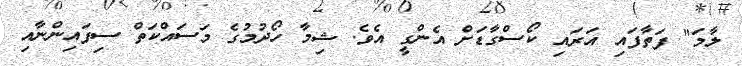
ލާމަ" ފަތާފައި އަރައި ކޯސްގާޑަށް އެންގީ އެވެ. ޝިމާ ހޯދުމުގެ މަސައްކަތް ސިފައިންނާއި